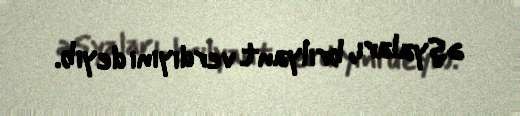
əşyaları, brilyant verdiyini deyib.